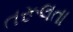
તરૂલતા